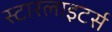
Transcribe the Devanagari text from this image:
स्टारलाइटर्स